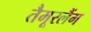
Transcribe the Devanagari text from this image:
तैमूरलैंग